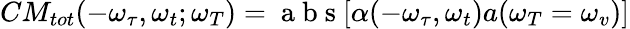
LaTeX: CM_{tot}(-\omega_{\tau},\omega_{t};\omega_{T})=\mathrm{~a~b~s~}[\alpha(-\omega_{\tau},\omega_{t})a(\omega_{T}=\omega_{v})]